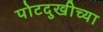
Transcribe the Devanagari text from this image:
पोटदुखीच्या